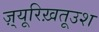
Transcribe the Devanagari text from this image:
ज़्यूरिख़तूउश